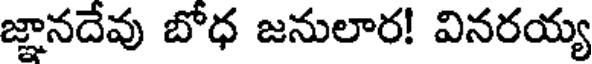
జ్ఞానదేవు బోధ జనులార! వినరయ్య